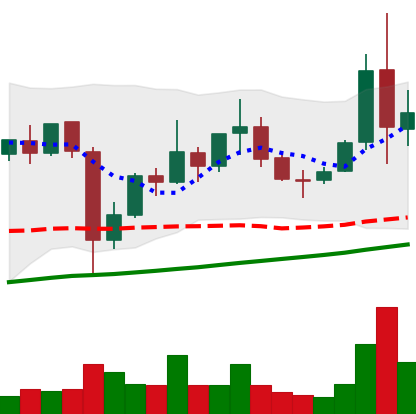
Ticker: XLM-USD
Chart end date: 2021-11-11
Forward return: -12.247%
Label: down_7plus